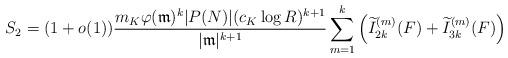
LaTeX: \begin{align*}S_2 = (1+o(1))\frac{ m_K \varphi(\mathfrak{m})^k |P(N)| (c_K \log R)^{k+1}}{|\mathfrak{m}|^{k+1}} \sum_{m=1}^{k}\left(\widetilde{I}_{2k}^{(m)}(F)+\widetilde{I}_{3k}^{(m)}(F)\right)\end{align*}